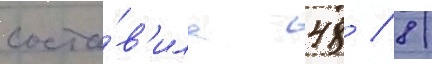
соста́в'ила 48 / 8